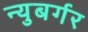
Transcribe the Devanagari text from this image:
न्युबर्गर